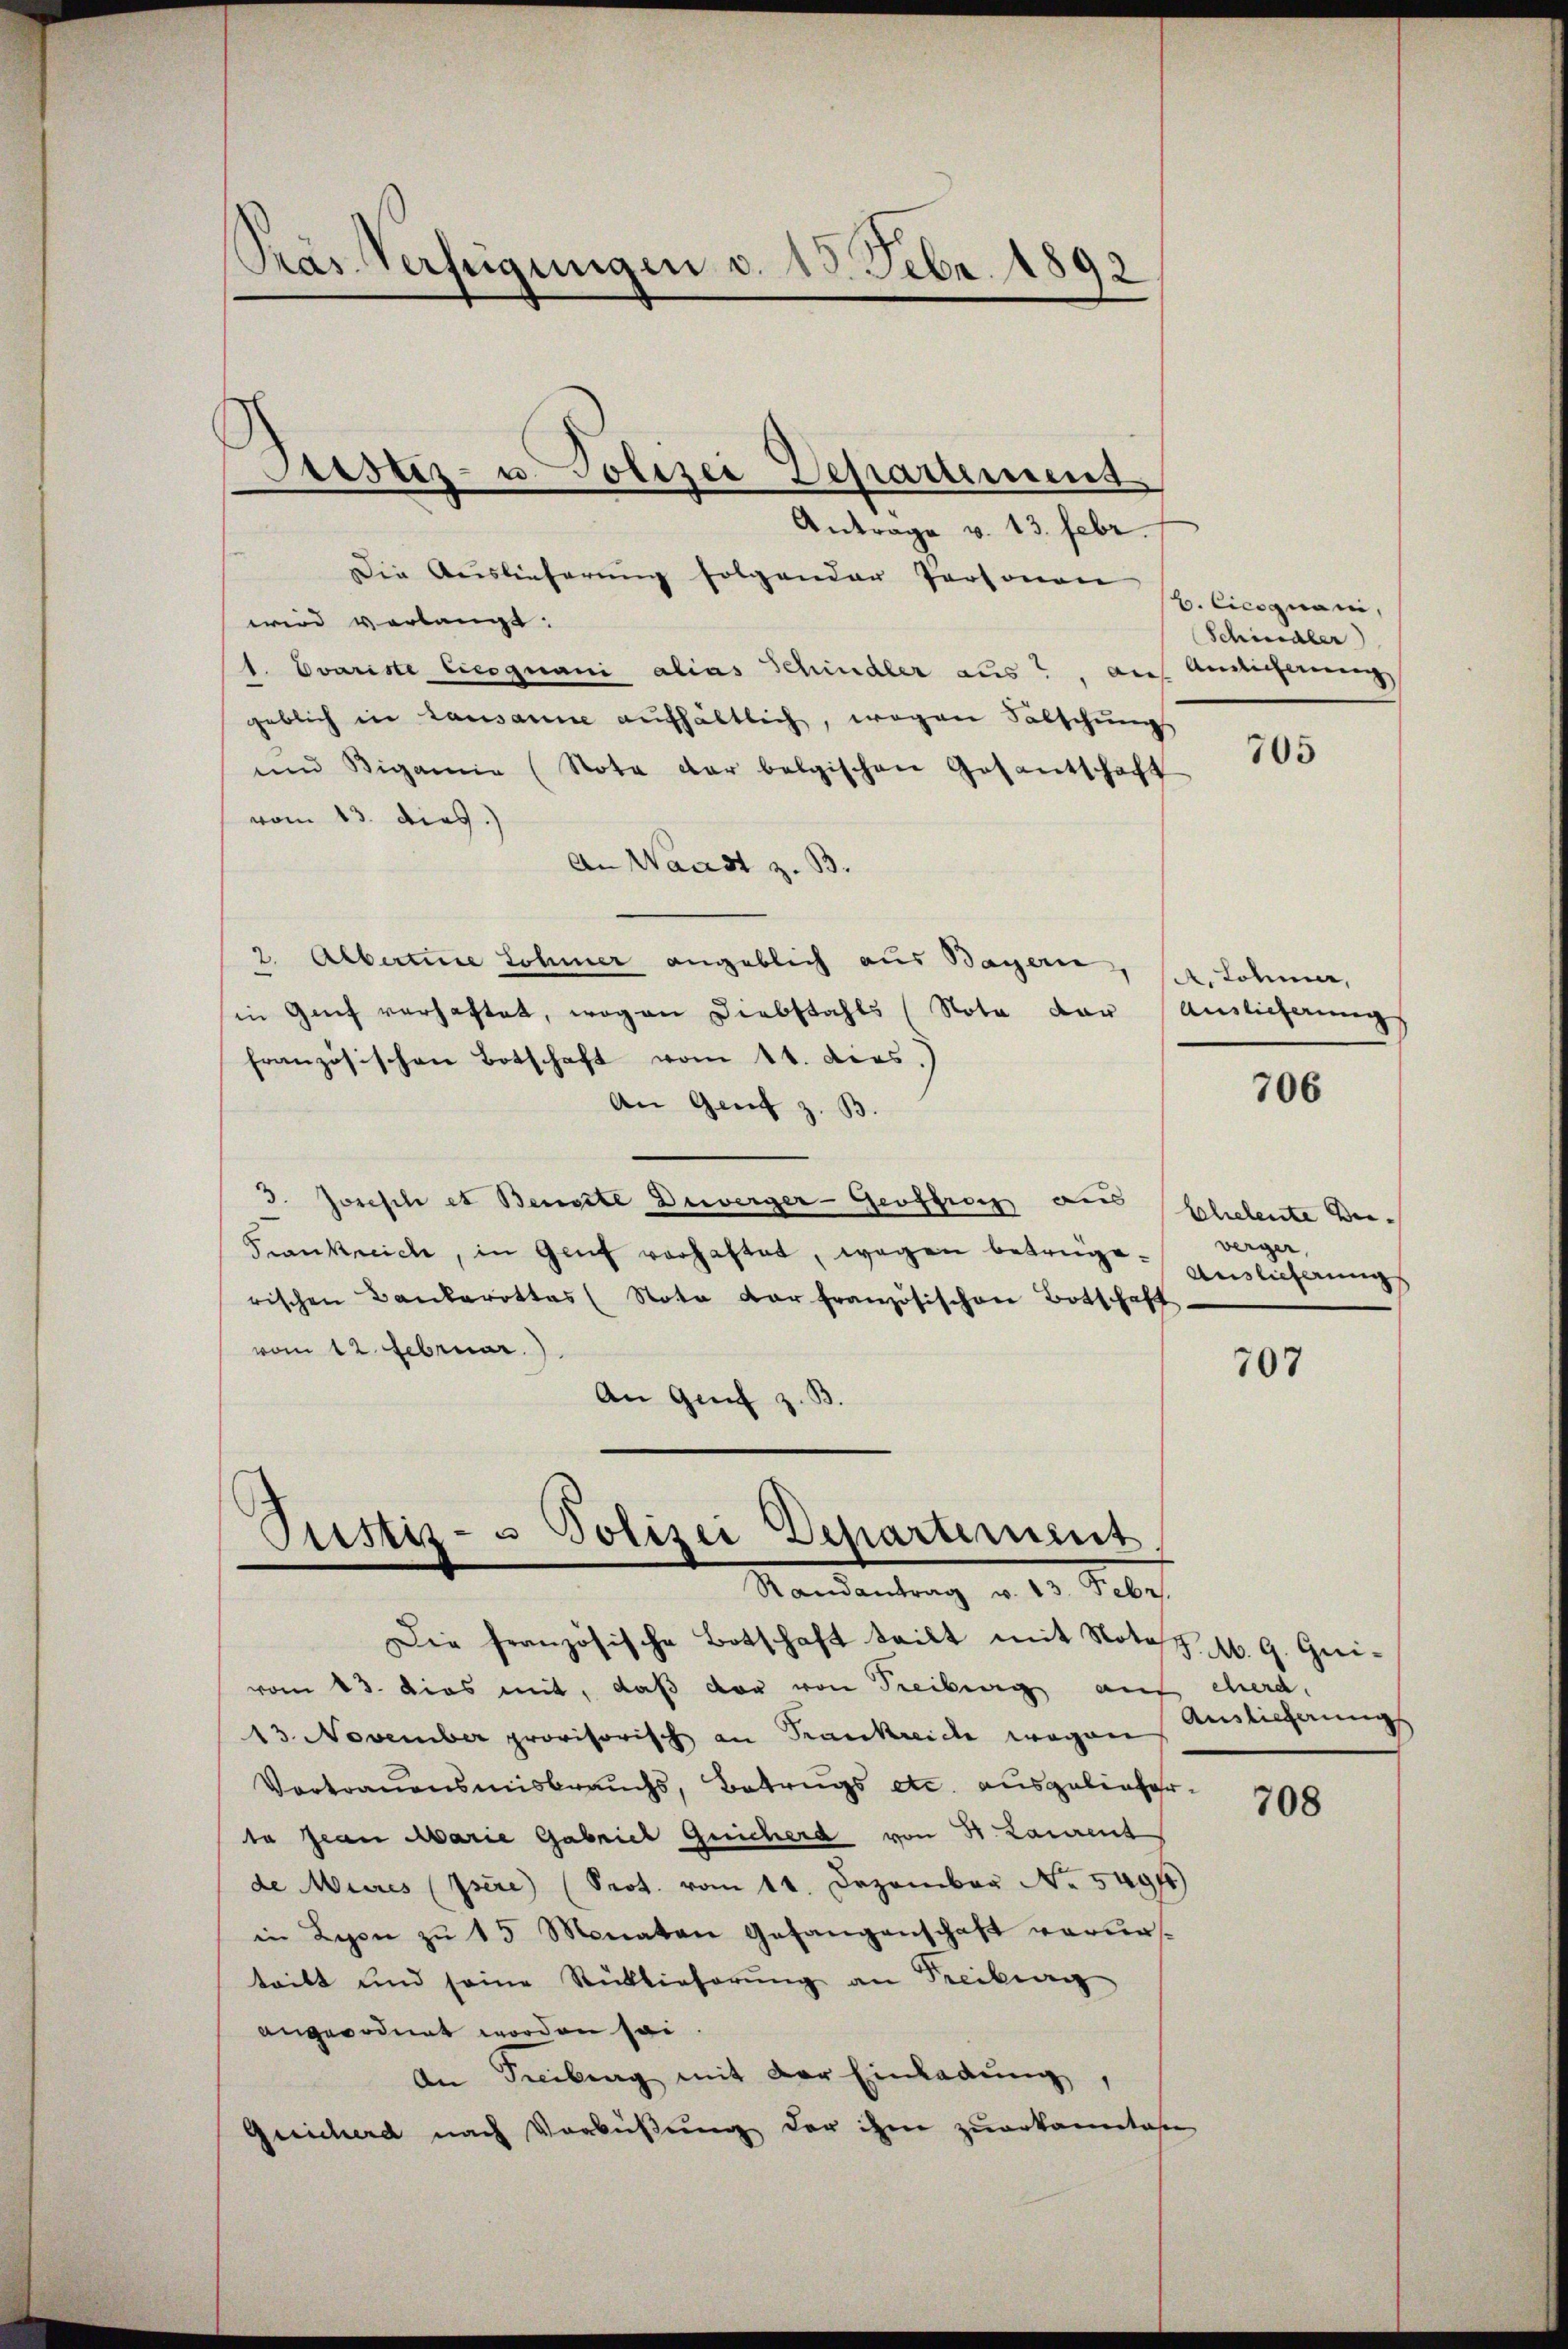
Pas Verfügungen v. 15. Febr. 1892

Justiz- u. Polizei Departemens

Antrage v. 13. Febr.
Die Auslieferung folgender Personen
wird verlangt:
1. Evariste Cicognani alias Schindler aus, auf Ansicherung
geblich in Lausanne aufhältlich, wegen Falschungs
und Rigamia (Nota dar belgischen Gesantschaft
vom 13. dies.)
An Waadt z. B.
2. Alberne Sohner angeblich aus Bayern, s. Lohner,
in Genf verhaftet, wogen Diebstahls (Nota der Auslieferung
französischen Botschaft vom 14. ders.)
An Genf z. B.
3. Joseschi et Bensste Diverger-Geoffranz ain
Frankreich, in Genf verhaftet, wegen betrüge. Endlichungs
rischen Bankerottes (Nota der französischen Botschaft
vom 12. Februar.)
An Genf z.

Justiz- & Polizei Departement
Randantrag v. 13. Febr.

b. Cicognani,
Schindler

Die französische Botschaft teilt mit Nota
vom 13. Das mit, daß der von Freibung aus eherd.
13. November provisorisch an Frankreiche wegen
Vortrauensmisbrauchs, Betrugs etc. ausgelieferta Jean Marie Gabriel Geicherd von 5 Laurent
de Mures père (Prot. vom 11. Dezember No. 5494)
in Lyon zŭ 15 Monaten Gefangenschaft verurteilt und seine Rücklieferŭng an Seitrag
angeordnet worden sei.
An Freiburg mit der Einladung
Geicherd nach Verbüßung der ihm zuerkannten

705

706

Eheleute Bei-
verger,

707

J. M. G. Qui¬
Auslieferungs

708